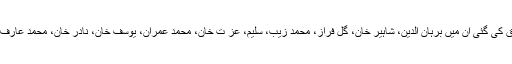
جن مجرموں کی سزائے موت کی توثیق کی گئی ان میں برہان الدین، شاہیر خان، گل فراز، محمد زیب، سلیم، عز ت خان، محمد عمران، یوسف خان، نادر خان، محمد عارف اللہ خان اور بخت محمد خان شامل ہیں۔